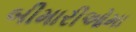
બીમારીઓમા